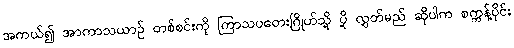
အကယ်၍ အာကာသယာဉ် တစ်စင်းကို ကြာသပတေးဂြိုဟ်သို့ ပို့ လွှတ်မည် ဆိုပါက စက္ကန့်ပိုင်း